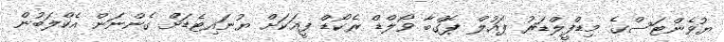
ޔުވެންޓަސްގެ މިޑްފީލްޑަރު ޕައުލް ޕޮގްބާ ވޯލްޑް ރެކޯޑް ފީއަކަށް ޔުނައިޓެޑަށް ގެންނަން އެކްލަބުން